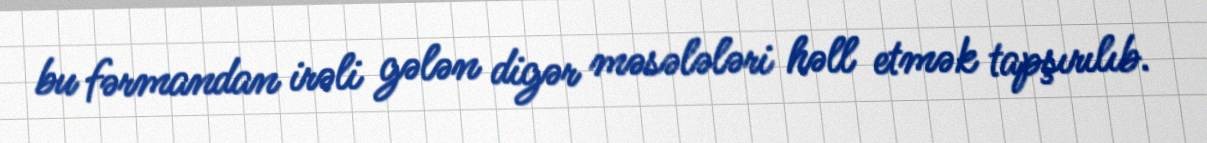
bu fərmandan irəli gələn digər məsələləri həll etmək tapşırılıb.